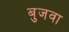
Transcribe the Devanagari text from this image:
बुजवा